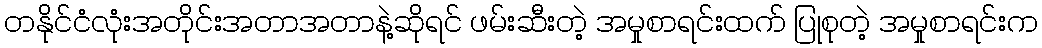
တနိုင်ငံလုံးအတိုင်းအတာအတာနဲ့ဆိုရင် ဖမ်းဆီးတဲ့ အမှုစာရင်းထက် ပြုစုတဲ့ အမှုစာရင်းက